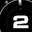
Digit: 2